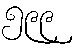
၅၉၉